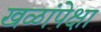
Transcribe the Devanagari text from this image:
खळांपेक्षा